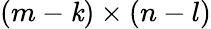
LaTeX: (m-\mathit{k})\times(n-l)